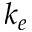
k _ { e }